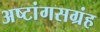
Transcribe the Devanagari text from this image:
अष्टांगसग्रंह